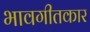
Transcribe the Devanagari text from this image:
भावगीतकार